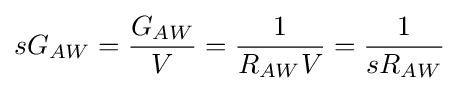
sG_{AW}={\frac {G_{AW}}{V}}={\frac {1}{R_{AW}V}}={\frac {1}{sR_{AW}}}